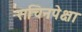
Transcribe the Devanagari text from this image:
सचिनपेक्षा